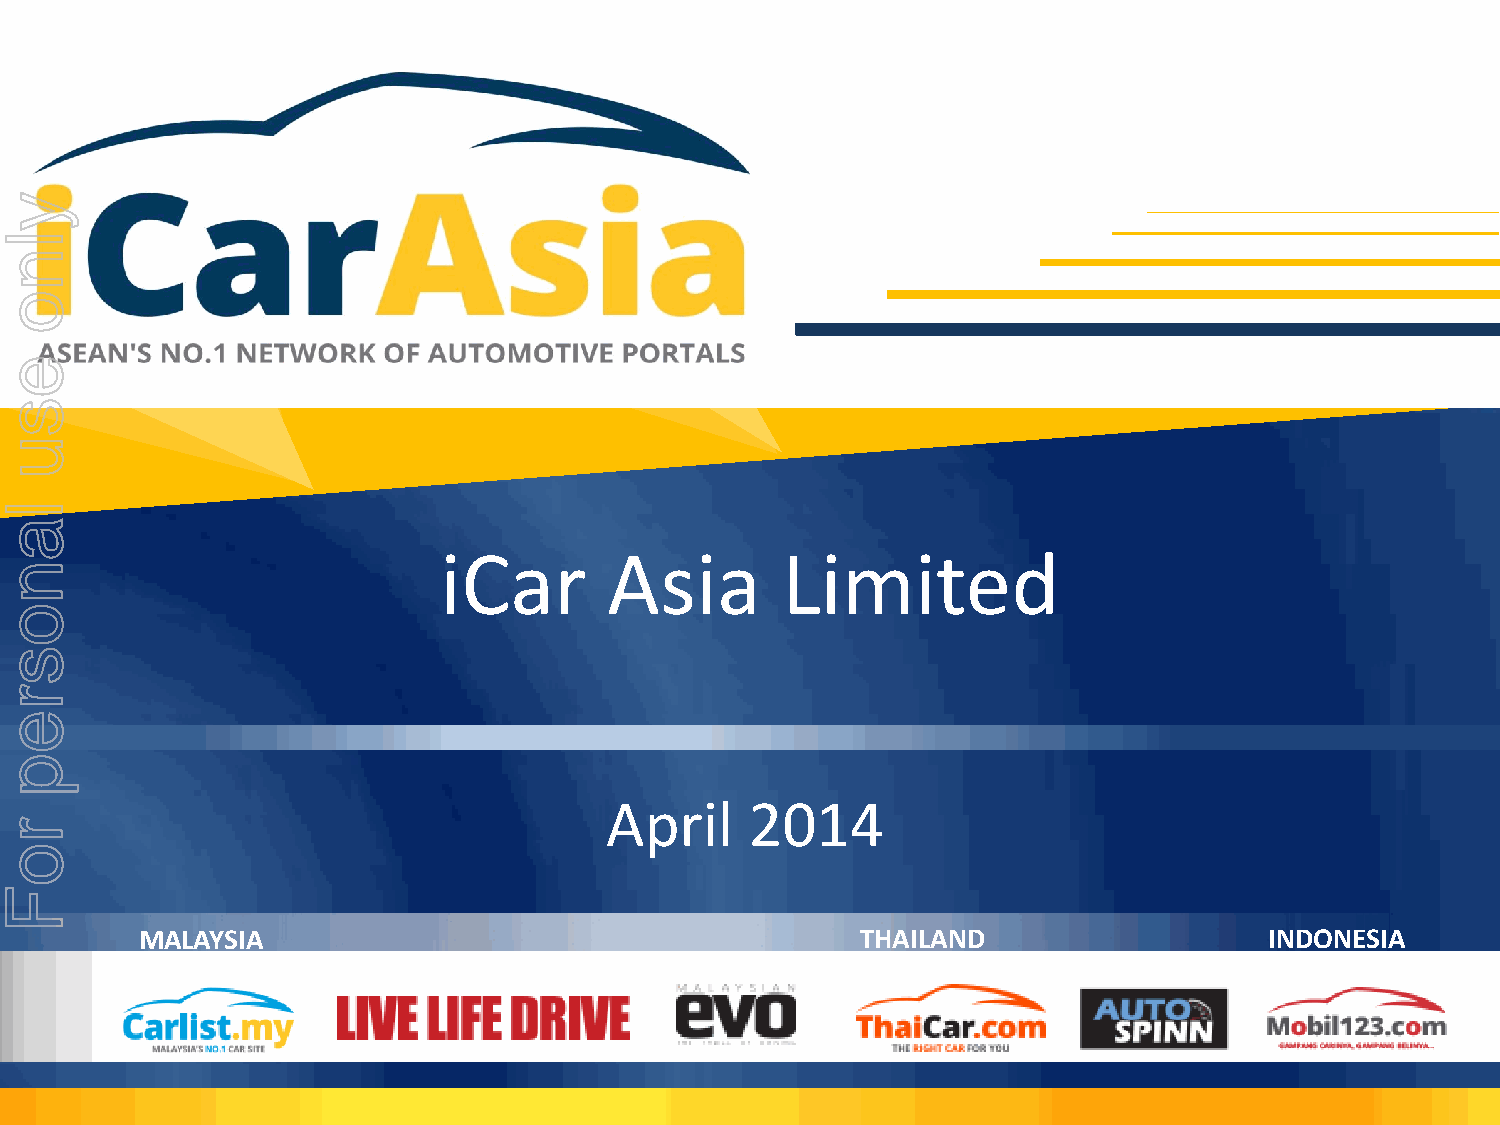
y
 l
 n
 o
 e
 s
 u
 l
 a
 iCar       Asia        Limited
 n
 o
 s
 r
 e
 p
 April     2014
 r
 o
 F
 MALAYSIA                                        THAILAND                   INDONESIA